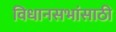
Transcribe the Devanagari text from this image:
विधानसभांसाठी